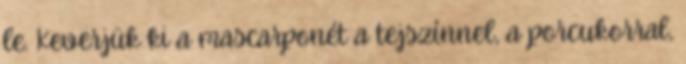
le. Keverjük ki a mascarponét a tejszínnel, a porcukorral,